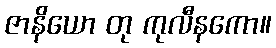
ဇာနိယော တု ကုလီနကော။